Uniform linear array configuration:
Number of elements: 12
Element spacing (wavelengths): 1
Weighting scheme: blackman
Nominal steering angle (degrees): -60
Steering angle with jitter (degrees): -58.229
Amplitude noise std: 0.05
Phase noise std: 0.05

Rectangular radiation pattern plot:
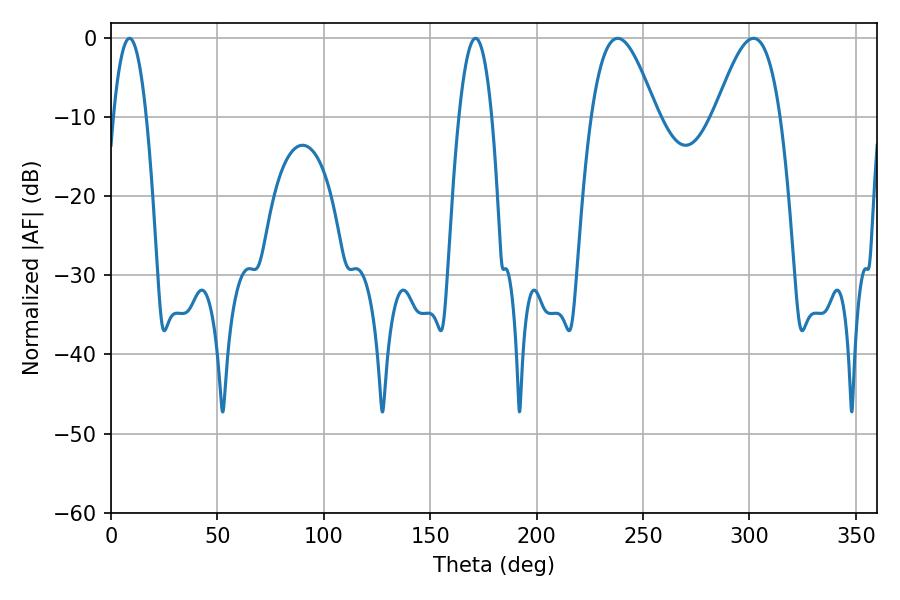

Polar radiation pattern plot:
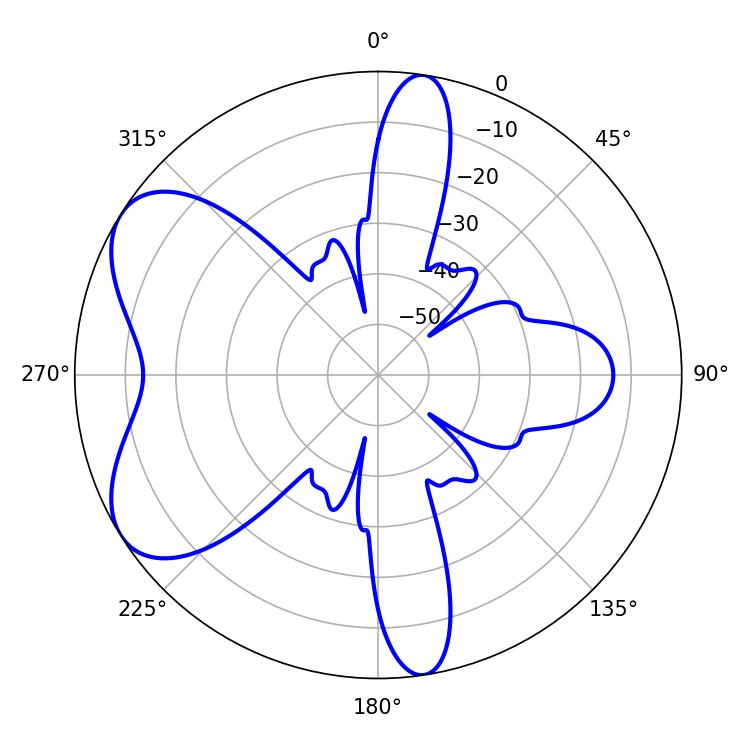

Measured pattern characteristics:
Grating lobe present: TRUE
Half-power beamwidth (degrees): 16.56
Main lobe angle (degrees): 301.86